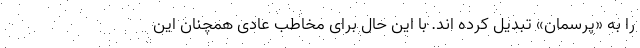
را به «پرسمان» تبدیل کرده اند. با این حال برای مخاطب عادی همچنان این